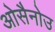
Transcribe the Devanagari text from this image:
ओसैनोउ